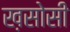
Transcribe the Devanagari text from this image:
ख़सोसी